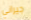
جيراني